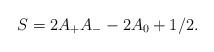
LaTeX: \begin{gather*} S=2A_{+}A_{-}-2A_0+1/2.\end{gather*}